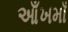
આઁખમાઁ